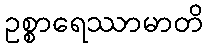
ဥစ္စာရေဿာမာတိ